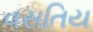
વસતિય